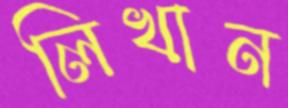
লিখান